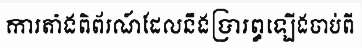
ការតាំងពិព័រណ៍ដែលនឹងប្រារព្ធឡើងចាប់ពី